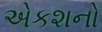
એકશનો